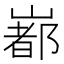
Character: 𡼞